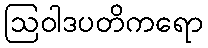
ဩဝါဒပတိကရော